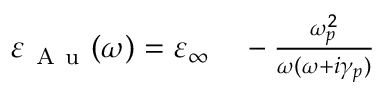
\begin{array} { r l } { \varepsilon _ { \mathrm { ~ A ~ u ~ } } ( \omega ) = \varepsilon _ { \infty } } & { { } - \frac { \omega _ { p } ^ { 2 } } { \omega ( \omega + i \gamma _ { p } ) } } \end{array}